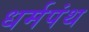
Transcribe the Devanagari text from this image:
धर्मपंथ